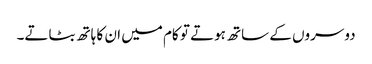
دوسروں کے ساتھ ہوتے تو کام میں ان کا ہاتھ بٹاتے۔